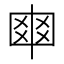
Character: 𠁴